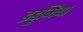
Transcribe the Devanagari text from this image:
इडुमिया